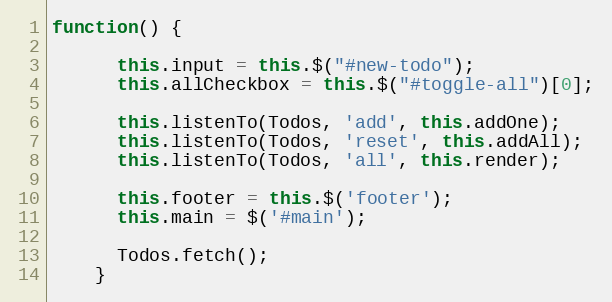
Language: JavaScript
function() {

      this.input = this.$("#new-todo");
      this.allCheckbox = this.$("#toggle-all")[0];

      this.listenTo(Todos, 'add', this.addOne);
      this.listenTo(Todos, 'reset', this.addAll);
      this.listenTo(Todos, 'all', this.render);

      this.footer = this.$('footer');
      this.main = $('#main');

      Todos.fetch();
    }